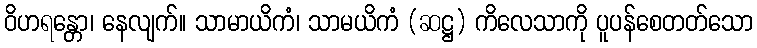
ဝိဟရန္တော၊ နေလျက်။ သာမာယိကံ၊ သာမယိကံ (ဆဋ္ဌ) ကိလေသာကို ပူပန်စေတတ်သော